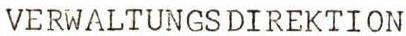
VERWALTUNGSDIREKTION